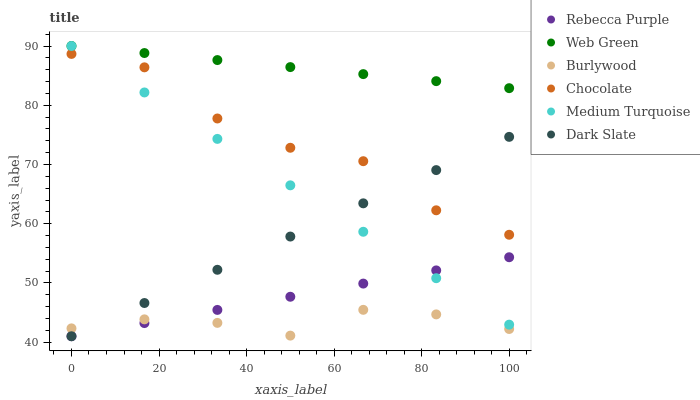
| xaxis_label | Rebecca Purple | Web Green | Burlywood | Chocolate | Medium Turquoise | Dark Slate |
 | --- | --- | --- | --- | --- | --- | --- |
 | 0 | 41 | 90 | 42.3 | 88.7 | 90 | 41 |
 | 16.7 | 43.2 | 88.8 | 43.9 | 86.4 | 82.2 | 46.6 |
 | 33.3 | 45.4 | 87.6 | 43.3 | 77.8 | 74.3 | 52.2 |
 | 50 | 47.7 | 86.4 | 41.1 | 72.8 | 66.5 | 57.8 |
 | 66.7 | 49.9 | 85.3 | 45.5 | 70.6 | 58.6 | 63.4 |
 | 83.3 | 52.1 | 84.1 | 44.7 | 62.3 | 50.8 | 69.1 |
 | 100 | 54.3 | 82.9 | 42.2 | 58.1 | 43 | 74.7 |